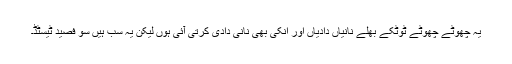
یہ چھوٹے چھوٹے ٹوٹکے بھلے نانیاں دادیاں اور انکی بھی نانی دادی کرتی آئی ہوں لیکن یہ سب ہیں سو فصید ٹیسٹڈ۔